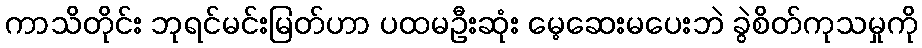
ကာသိတိုင်း ဘုရင်မင်းမြတ်ဟာ ပထမဦးဆုံး မေ့ဆေးမပေးဘဲ ခွဲစိတ်ကုသမှုကို